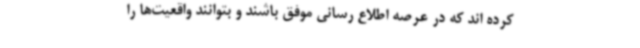
کرده اند که در عرصه اطلاع رسانی موفق باشند و بتوانند واقعیت‌ها را